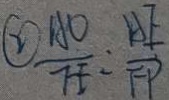
\textcircled { 2 } \frac { A O } { F E } = \frac { A F } { F P }